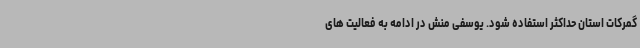
گمرکات استان حداکثر استفاده شود. یوسفی منش در ادامه به فعالیت های